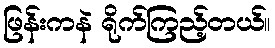
ဖြန်းကနဲ ရိုက်ကြည့်တယ်။